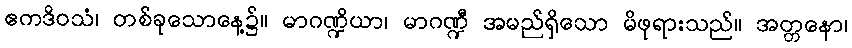
ဧကဒိဝသံ၊ တစ်ခုသောနေ့၌။ မာဂဏ္ဍိယာ၊ မာဂဏ္ဍီ အမည်ရှိသော မိဖုရားသည်။ အတ္တနော၊